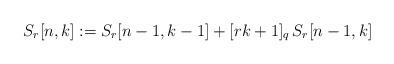
LaTeX: \begin{align*} S_{r}[n,k]:= S_{r}[n-1,k-1] + [rk+1]_q\,S_{r}[n-1,k]\end{align*}